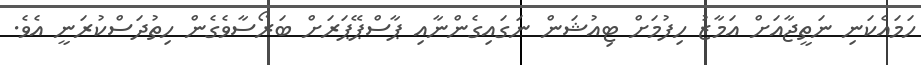
ހަމައެކަނި ނަތީޖާއަށް އަމާޒު ހިފުމަށް ޓިއުޝަން ނަގައިގެންނާއި ޕާސްޕޭޕަރަށް ބަރޯސާވެގެން ހިތުދަސްކުރަނީ އެވެ.